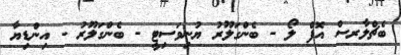
ބެޗްލާރސް އޮފް ލޯ - ބެންގަލޫރު ޔުނިވަސިޓީ - ބެންގަލޫރު - އިންޑިޔާ